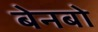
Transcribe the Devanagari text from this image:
बेनबो